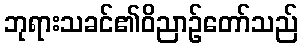
ဘုရားသခင်၏ဝိညာဉ်တော်သည်